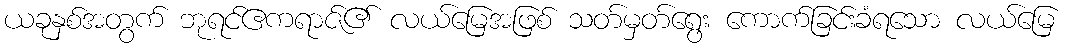
ယခုနှစ်အတွက် ဘုရင်ဧကရာဇ်၏ လယ်မြေအဖြစ် သတ်မှတ်ရွေး ကောက်ခြင်းခံရသော လယ်မြေ